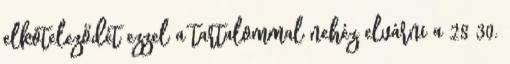
elköteleződét ezzel a tartalommal nehéz elvárni a 28 30.